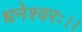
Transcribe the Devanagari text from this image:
धनेश्वरः।।